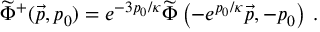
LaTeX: { \widetilde { \Phi } } ^ { + } ( \vec { p } , p _ { 0 } ) = e ^ { - { 3 p _ { 0 } / \kappa } } { \widetilde { \Phi } } \left( - e ^ { p _ { 0 } / \kappa } \vec { p } , - p _ { 0 } \right) \, .